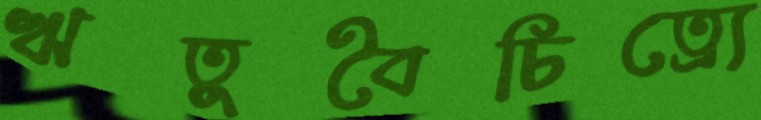
ঋতুবৈচিত্র্যে